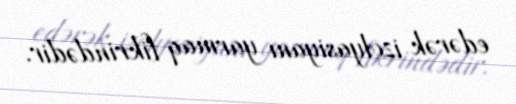
edərək izolyasiyanı yarmaq fikrindədir.